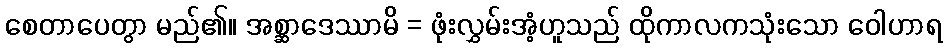
စေတာပေတွာ မည်၏။ အစ္ဆာဒေဿာမိ = ဖုံးလွှမ်းအံ့ဟူသည် ထိုကာလကသုံးသော ဝေါဟာရ